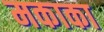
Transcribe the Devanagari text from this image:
मकाका